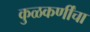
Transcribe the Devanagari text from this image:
कुळकर्णींचा